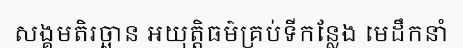
សង្គមតិរច្ឆាន អយុត្តិធម៌គ្រប់ទីកន្លែង មេដឹកនាំ